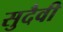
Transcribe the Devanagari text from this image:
सुदैवी